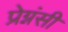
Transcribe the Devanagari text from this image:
प्रेग्नंसी